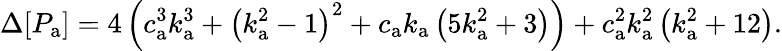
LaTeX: \Delta[P_{\mathrm{a}}]=4\left(c_{\mathrm{a}}^{3}k_{\mathrm{a}}^{3}+\left(k_{\mathrm{a}}^{2}-1\right)^{2}+c_{\mathrm{a}}k_{\mathrm{a}}\left(5k_{\mathrm{a}}^{2}+3\right)\right)+c_{\mathrm{a}}^{2}k_{\mathrm{a}}^{2}\left(k_{\mathrm{a}}^{2}+12\right).